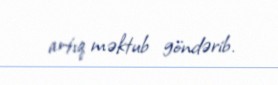
artıq məktub göndərib.